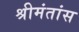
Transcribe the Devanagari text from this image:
श्रीमंतांस